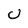
Character: U